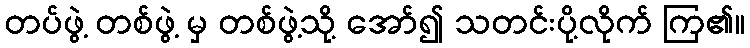
တပ်ဖွဲ့ တစ်ဖွဲ့ မှ တစ်ဖွဲ့သို့ အော်၍ သတင်းပို့လိုက် ကြ၏။